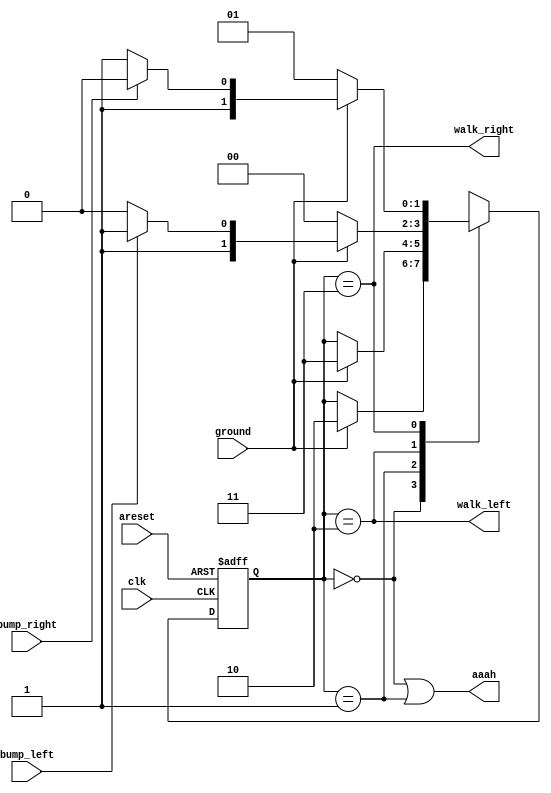
module top_module(
    input clk,
    input areset,    // Freshly brainwashed Lemmings walk left.
    input bump_left,
    input bump_right,
    input ground,
    output walk_left,
    output walk_right,
    output aaah ); 
    reg [1:0]state,next_state;
    localparam [1:0]FALL_LEFT=2'b00,
    FALL_RI=2'b01,
    WALK_LEFT=2'b10,
    WALK_RI=2'b11;
    always @(posedge clk or posedge areset)
        begin
            if(areset)
                state<=WALK_LEFT;
            else
                state<=next_state;
        end
    always @(*)
        begin
            case(state)
                FALL_LEFT:next_state=ground?WALK_LEFT:state;
                FALL_RI:next_state=ground?WALK_RI:state;
                WALK_LEFT:next_state=ground?(bump_left?WALK_RI:WALK_LEFT):FALL_LEFT;
                WALK_RI:next_state=ground?(bump_right?WALK_LEFT:WALK_RI):FALL_RI;
            endcase
        end
    assign aaah=(state==FALL_LEFT)||(state==FALL_RI);
    assign walk_left=(state==WALK_LEFT);
    assign walk_right=(state==WALK_RI);
        
    
   

endmodule